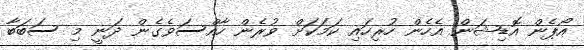
އޯޕެން އޮޑިޝަން އެހެން ހުރިހައި ކަމަކަށް ވުރެން ހާއްސަވެގެން ދަނީ މި ސަބަބާ